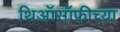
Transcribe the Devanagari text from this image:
थिऑसॉफीच्या